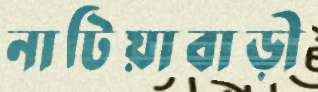
নাটিয়াবাড়ী